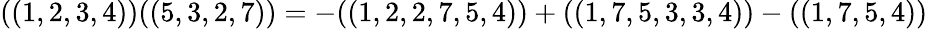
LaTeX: ((1,2,3,4))((5,3,2,7))=-((1,2,2,7,5,4))+((1,7,5,3,3,4))-((1,7,5,4))